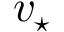
v _ { \star }